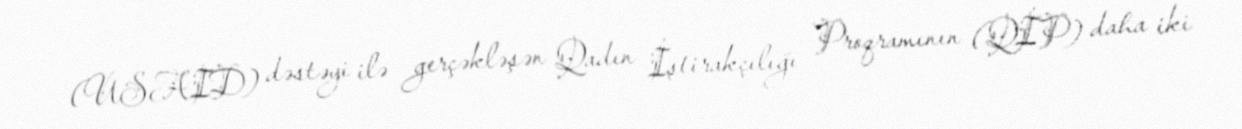
(USAID) dəstəyi ilə gerçəkləşən Qadın İştirakçılığı Proqramının (QİP) daha iki